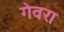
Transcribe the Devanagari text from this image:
गेवरा